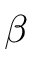
\beta